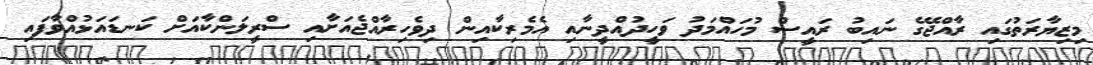
މިޒިޔާރަތުގައި ރާއްޖޭގެ ނައިބު ރައީސް މުހައްމަދު ވަހީދުއްދީނާއި އެމެރިކާއިން ދިވެހިރާއްޖެއަށާއި ސްރީލަންކާއަށް ކަނޑައަޅުއްވާފައި